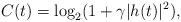
\begin{align*}C(t)=\log_{2}(1+\gamma|h(t)|^{2}),\end{align*}